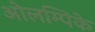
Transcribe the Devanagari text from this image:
ओलम्पिके